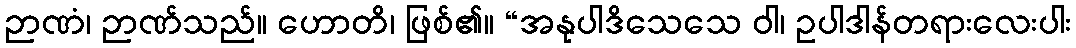
ဉာဏံ၊ ဉာဏ်သည်။ ဟောတိ၊ ဖြစ်၏။ “အနုပါဒိသေသေ ဝါ၊ ဥပါဒါန်တရားလေးပါး